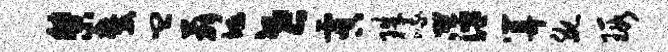
桀麓皿薛埏世虞珠峨萍算腕瑕